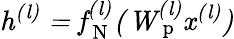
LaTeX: \mathit{{h^{(l)}}=f_{\mathrm{~N~}}^{(l)}(W_{\mathrm{~p~}}^{(l)}x^{(l)})}